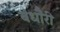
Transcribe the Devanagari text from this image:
बंधौैरी